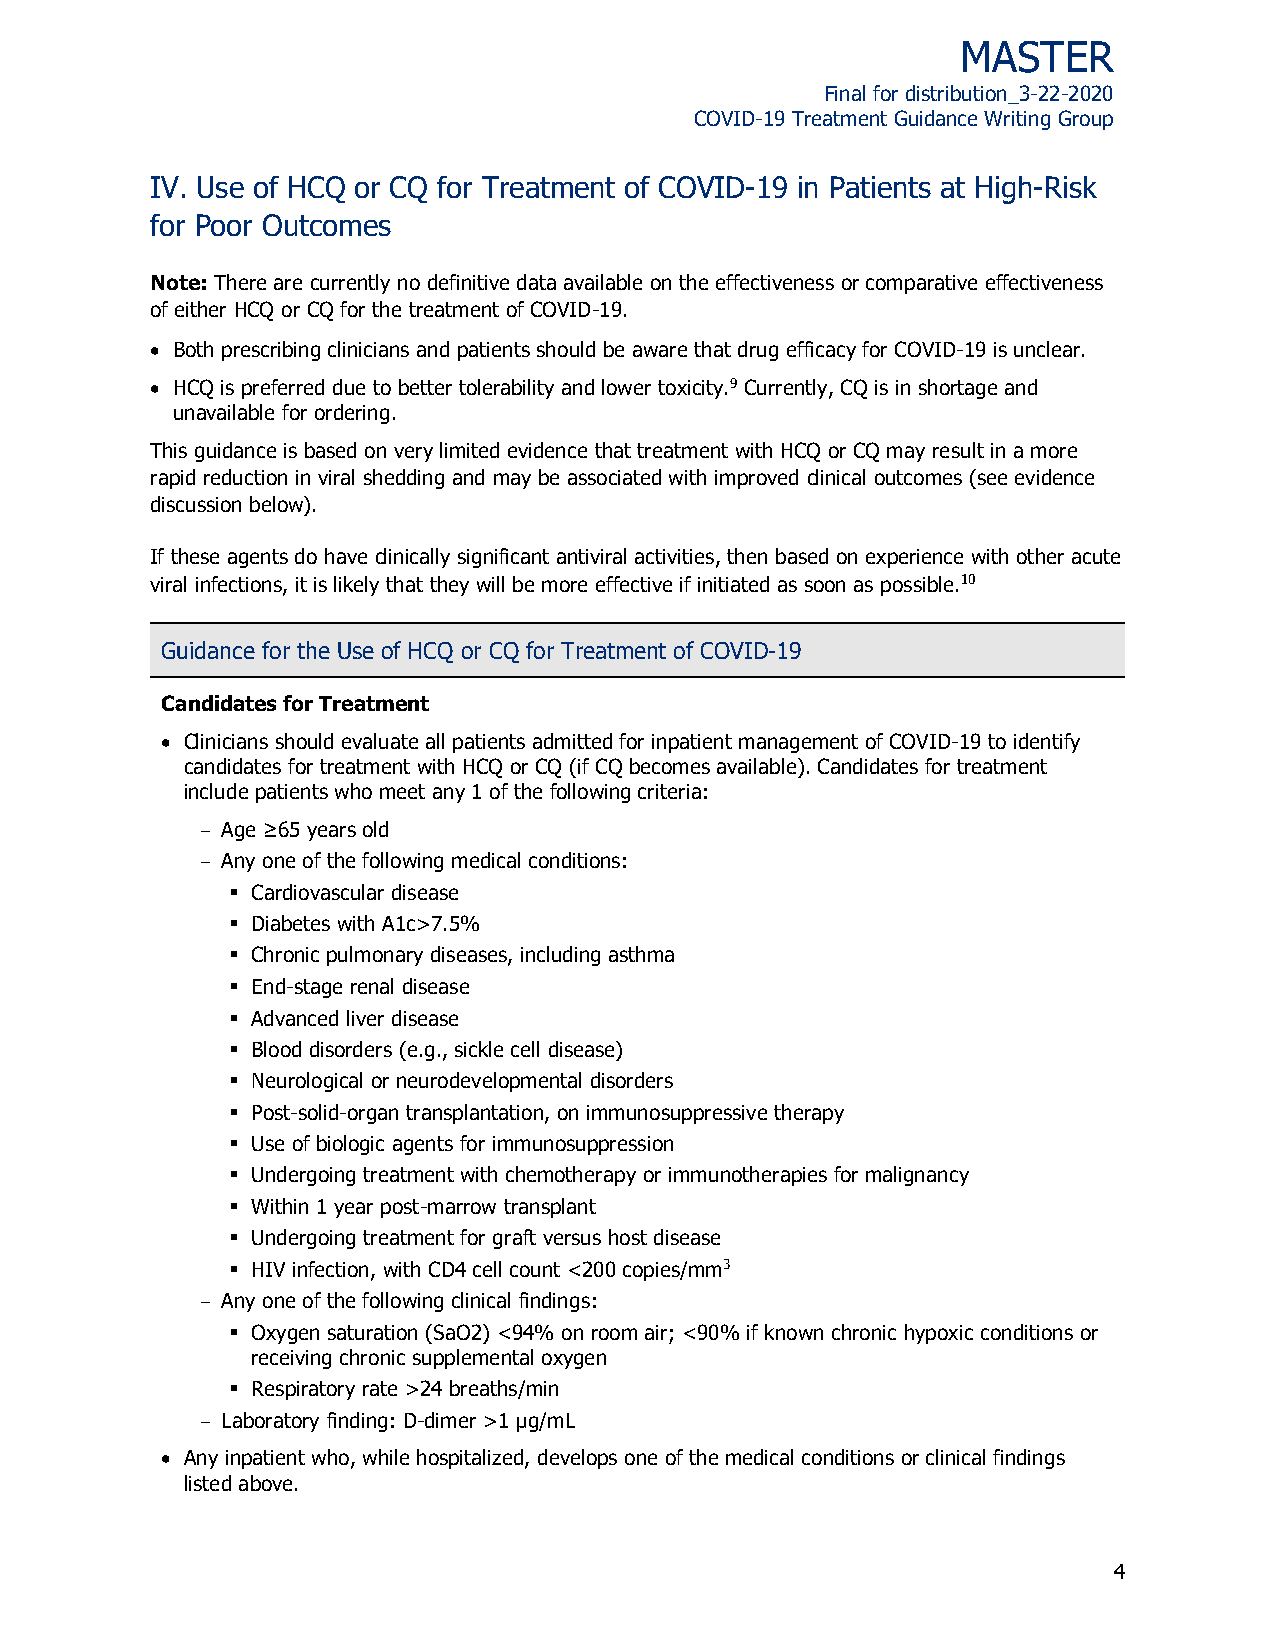
MASTER
 Final for distribution_3-22-2020
 COVID-19 Treatment Guidance Writing Group
 IV. Use of HCQ or CQ for Treatment of COVID-19 in Patients at High-Risk
 for Poor Outcomes
 Note: There are currently no definitive data available on the effectiveness or comparative effectiveness
 of either HCQ or CQ for the treatment of COVID-19.
  Both prescribing clinicians and patients should be aware that drug efficacy for COVID-19 is unclear.
  HCQ is preferred due to better tolerability and lower toxicity.9 Currently, CQ is in shortage and
 unavailable for ordering.
 This guidance is based on very limited evidence that treatment with HCQ or CQ may result in a more
 rapid reduction in viral shedding and may be associated with improved clinical outcomes (see evidence
 discussion below).
 If these agents do have clinically significant antiviral activities, then based on experience with other acute
 viral infections, it is likely that they will be more effective if initiated as soon as possible.10
 Guidance for the Use of HCQ or CQ for Treatment of COVID-19
 Candidates for Treatment
  Clinicians should evaluate all patients admitted for inpatient management of COVID-19 to identify
 candidates for treatment with HCQ or CQ (if CQ becomes available). Candidates for treatment
 include patients who meet any 1 of the following criteria:
 Age ≥65 years old
 Any one of the following medical conditions:
  Cardiovascular disease
  Diabetes with A1c>7.5%
  Chronic pulmonary diseases, including asthma
  End-stage renal disease
  Advanced liver disease
  Blood disorders (e.g., sickle cell disease)
  Neurological or neurodevelopmental disorders
  Post-solid-organ transplantation, on immunosuppressive therapy
  Use of biologic agents for immunosuppression
  Undergoing treatment with chemotherapy or immunotherapies for malignancy
  Within 1 year post-marrow transplant
  Undergoing treatment for graft versus host disease
  HIV infection, with CD4 cell count <200 copies/mm3
 Any one of the following clinical findings:
  Oxygen saturation (SaO2) <94% on room air; <90% if known chronic hypoxic conditions or
 receiving chronic supplemental oxygen
  Respiratory rate >24 breaths/min
 Laboratory finding: D-dimer >1 µg/mL
  Any inpatient who, while hospitalized, develops one of the medical conditions or clinical findings
 listed above.
 4